Report on vaccination in Madras 1895-1903 - 1895-1903
Year: 1895
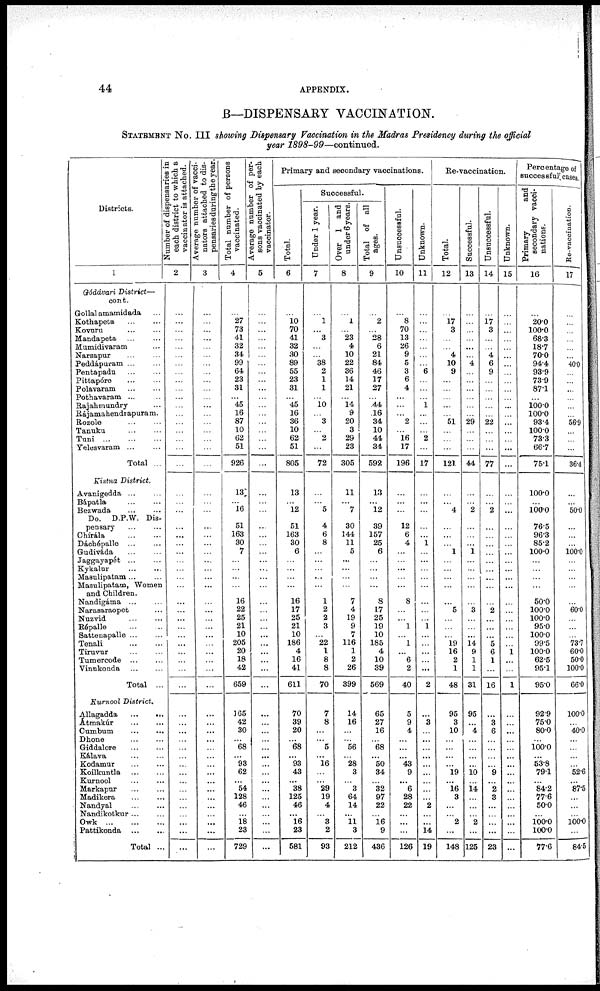
44
APPENDIX.
B—DISPENSARY VACCINATION.
STATEMENT No. III showing Dispensary Vaccination in the Madras Presidency during the official
year 1898-99—continued.
Districts.
1
Gódávari District—
cont.
Gollal amamidada ...
Kothapeta
...
...
Kovuru
...
...
Mandapeta ... ...
Mumidivaram ...
Narsapur
...
...
Peddápuram ... ...
Pentapadu
...
...
Pittapóre
...
...
Polavaram
...
...
Pothavaram ... ...
Rajahmundry ...
Rájamahendrapuram.
Rozole
...
...
Tanuku ... ...
Tuni
...
...
...
Yelesvaram ... ...
Total ...
Kistna District.
Avanigedda ... ...
Bápatla
...
...
Bezwada ... ...
Do. D.P.W. Dis-
pensary ... ...
Chírala
...
...
Dáchépalle
...
...
Gudiváda ... ...
Jaggayapét ... ...
Kykalur
...
...
Masulipatam ... ...
Masulipatam, Women
and Children.
Nandigáma ... ...
Narasaraopet ... ...
Nuzvid ... ...
Répalle
...
...
Sattenapalle ... ...
Tenali
...
...
Tiruvur
...
...
Tumercode
...
...
Vinukonda ... ...
Total ...
Kurnool District.
Allagadda
...
...
Átmakúr
...
...
Cumbum
...
...
Dhone
...
...
Giddalore
...
...
Kálava
...
...
Kodamur
...
...
Koilkuntla
...
...
Kurnool ... ...
Markapur ... ...
Madikera
...
...
Nandyal ... ...
Nandikotkur ... ...
Owk
...
...
...
Pattikonda
...
...
Total ...
Number of dispensaries in
each district to which a
vaccinator is attached.
2
...
...
...
...
...
...
...
...
...
...
...
...
...
...
...
...
...
...
...
...
...
...
...
...
...
...
...
...
...
...
...
...
...
...
...
...
...
...
...
...
...
...
...
...
...
...
...
...
...
...
...
...
...
...
...
Average number of vacci-
nators attached to dis-
pensaries during the year.
3
...
...
...
...
...
...
...
...
...
...
...
...
...
...
...
...
...
...
...
...
...
...
...
...
...
...
...
...
...
...
...
...
...
...
...
...
...
...
...
...
...
...
...
...
...
...
...
...
...
...
...
...
...
...
...
Total number of persons
vaccinated.
4
...
27
73
41
32
34
99
64
23
31
...
45
16
87
10
62
51
926
13
...
16
51
163
30
7
...
...
...
...
16
22
25
21
10
205
20
18
42
659
165
42
30
...
68
...
93
62
...
54
128
46
...
18
23
729
Average number of per-
sons vaccinated by each
vaccinator.
5
...
...
...
...
...
...
...
...
...
...
...
...
...
...
...
...
...
...
...
...
...
...
...
...
...
...
...
...
...
...
...
...
...
...
...
...
...
...
...
...
...
...
...
...
...
...
...
...
...
...
...
...
...
...
...
Primary and secondary vaccinations.
Total.
6
...
10
70
41
32
30
89
55
23
31
...
45
16
36
10
62
51
805
13
...
12
51
163
30
6
...
...
...
...
16
17
25
21
10
186
4
16
41
611
70
39
20
...
68
...
93
43
...
38
125
46
...
16
23
581
Successful.
Under 1 year.
7
...
1
...
3
...
...
38
2
1
1
...
10
...
3
...
2
...
72
...
...
5
4
6
8
...
...
...
...
...
1
2
2
3
...
22
1
8
8
70
7
8
...
...
5
...
16
...
...
29
19
4
...
3
2
93
Over 1 and
under 6 years.
8
...
1
...
23
4
10
22
36
14
21
...
14
9
20
3
29
23
305
11
...
7
30
144
11
5
...
...
...
...
7
4
19
9
7
116
1
2
26
399
14
16
...
...
56
...
28
3
...
3
64
14
...
11
3
212
Total of all
ages.
9
...
2
...
28
6
21
84
46
17
27
...
44
16
34
10
44
34
592
13
...
12
39
157
25
6
...
...
...
...
8
17
25
19
10
185
4
10
39
569
65
27
16
...
68
...
50
34
...
32
97
22
...
16
9
436
Unsuccessful.
10
...
8
70
13
26
9
5
3
6
4
...
...
...
2
...
16
17
196
...
...
...
12
6
4
...
...
...
...
...
8
...
... 1
...
1
...
6
2
40
5
9
4
...
...
...
43
9
...
6
28
22
...
...
...
126
Unknown.
11
...
...
...
...
...
...
...
6
...
...
...
1
...
...
...
2
...
17
...
...
...
...
...
1
...
...
...
...
...
...
...
...
1
...
...
...
...
...
2
...
3
...
...
...
...
...
...
...
...
...
2
...
...
14
19
Re-vaccination.
Total.
12
...
17
3
...
...
4
10
9
...
...
...
...
...
51
...
...
...
121
...
...
4
...
...
...
1
...
...
...
...
...
5
...
...
...
19
16
2
1
48
95
3
10
...
...
...
...
19
...
16
3
...
...
2
...
148
Successful.
13
...
...
...
...
...
...
4
...
...
...
...
...
...
29
...
...
...
44
...
...
2
...
...
...
1
...
...
...
...
...
3
...
...
...
14
9
1
1
31
95
...
4
...
...
...
...
10
...
14
...
...
...
2
...
125
Unsuccessful.
14
...
17
3
...
...
4
6
9
...
...
...
...
...
22
...
...
...
77
...
...
2
...
...
...
...
...
...
...
...
...
2
...
...
...
5
6
1
...
16
...
3
6
...
...
...
...
9
...
2
3
...
...
...
...
23
Unknown.
15
...
...
...
...
...
...
...
...
...
...
...
...
...
...
...
...
...
...
...
...
...
...
...
...
...
...
...
...
...
...
...
...
...
...
...
1
...
...
1
...
...
...
...
...
...
...
...
...
...
...
...
...
...
...
...
Percentage of
successful cases.
Primary
and
secondary vacci-
nations.
16
...
20.0
100.0
68.3
18.7
70.0
94.4
93.9
73.9
87.1
...
100.0
100.0
93.4
100.0
73.3
66.7
75.1
100.0
...
100.0
76.5
96.3
85.2
100.0
...
...
...
...
50.0
100.0
100.0
95.0
100.0
99.5
100.0
62.5
95.1
95.0
92.9
75.0
80.0
...
100.0
...
53.8
79.1
...
84.2
77.6
50.0
...
100.0
100.0
77.6
Re-vaccination.
17
...
...
...
...
...
...
40.0
...
...
...
...
...
...
56.9
...
...
...
36.4
...
... 50.0
...
...
...
100.0
...
...
...
...
...
60.0
...
...
...
73.7
60.0
50.0
100.0
66.0
100.0
...
40.0
...
...
...
...
52.6
...
87.5
...
...
...
100.0
...
84.5